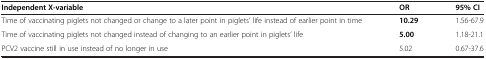
<table><thead><tr><td><b>Independent X-variable</b></td><td><b>OR</b></td><td><b>95% CI</b></td></tr></thead><tbody><tr><td>Time of vaccinating piglets not changed or change to a later point in piglets’ life instead of earlier point in time</td><td><b>10.29</b></td><td>1.56-67.9</td></tr><tr><td>Time of vaccinating piglets not changed instead of changing to an earlier point in piglets’ life</td><td><b>5.00</b></td><td>1.18-21.1</td></tr><tr><td>PCV2 vaccine still in use instead of no longer in use</td><td>5.02</td><td>0.67-37.6</td></tr></tbody></table>